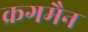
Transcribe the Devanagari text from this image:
क्रगमैन